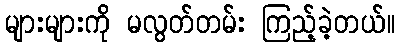
များများကို မလွတ်တမ်း ကြည့်ခဲ့တယ်။